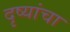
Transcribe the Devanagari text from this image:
दृष्यांचा